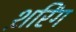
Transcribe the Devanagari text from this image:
श़रिंग